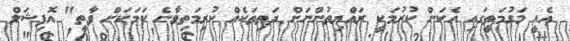
އެއީ މަގުމަތީގައި އެކަން ކުރުމަކީ ރައްޔިތުންނަށް ދަތިތަކެއް ކުރިމަތިވާނެ ކަމަކަށް ވާތީ" އޮފިޝަލް